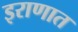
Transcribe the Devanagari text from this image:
इराणात